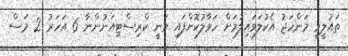
ތައުލީމީ މަންހަޖު އެކުލަވައިލުމަށް ހަވާލުކޮށްފައި ވަނީ ކްރިސްޓިއަނުންނާ 6 އަހަރު 2 މަސް